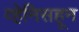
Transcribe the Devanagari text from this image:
व्हेनिसहून